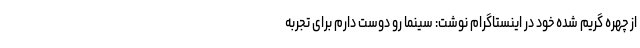
از چهره گریم شده خود در اینستاگرام نوشت: سینما رو دوست دارم برای تجربه